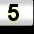
Digit: 5